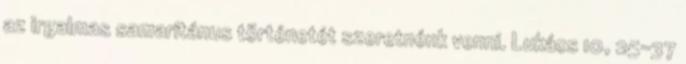
az irgalmas samaritánus történetét szeretnénk venni. Lukács 10, 25-37